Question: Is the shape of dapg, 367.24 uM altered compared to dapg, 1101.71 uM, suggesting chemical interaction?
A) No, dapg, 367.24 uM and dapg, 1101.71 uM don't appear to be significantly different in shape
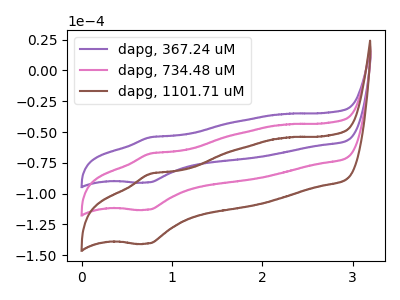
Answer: <think>The purple curve "dapg, 367.24 uM" has an anodic peak at (0.75V, -54.35uA) and a cathodic peak at (0.75V, -90.90uA). The pink curve "dapg, 734.48 uM" has an anodic peak at (0.75V, -67.55uA) and a cathodic peak at (0.75V, -113.00uA). The brown curve "dapg, 1101.71 uM" has an anodic peak at (0.75V, -135.10uA) and a cathodic peak at (0.75V, -226.05uA).
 All the peaks in "dapg, 367.24 uM" have a peak in "dapg, 1101.71 uM" at the same potential.</think>
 <answer>A) No, "dapg, 367.24 uM" and "dapg, 1101.71 uM" don't appear to be significantly different in shape</answer>
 <eval>A</eval>